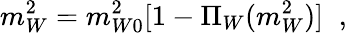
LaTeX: m_{W}^{2}=m_{W0}^{2}[1-\Pi_{W}(m_{W}^{2})]\; \; ,